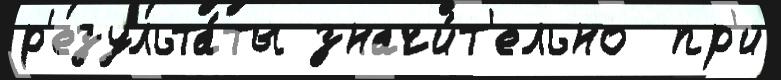
р'езульта́ты значи́т'ельно  пр'и